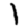
Digit: 1